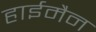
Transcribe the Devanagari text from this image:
हाईमैन